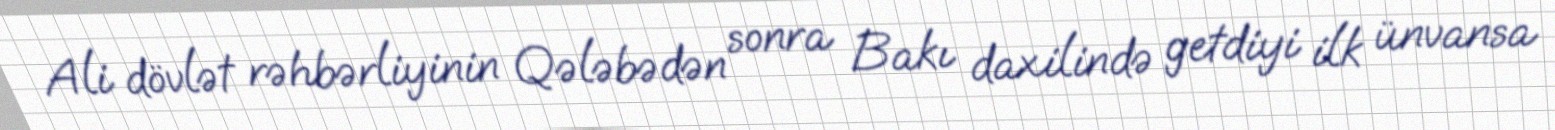
Ali dövlət rəhbərliyinin Qələbədən sonra Bakı daxilində getdiyi ilk ünvansa